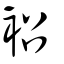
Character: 袑